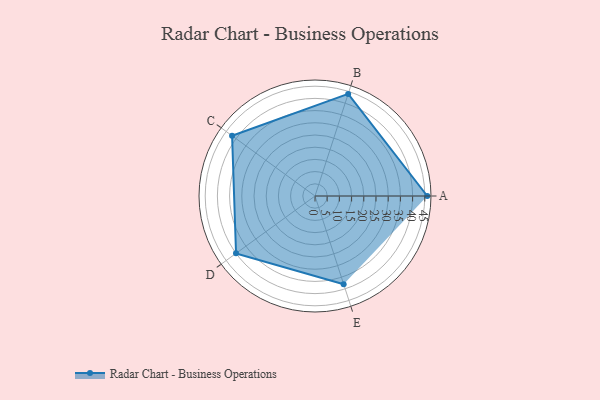
{"axis": {"x": "Skill", "y": "Score"}, "legend": ["Profile"], "data": [{"x": "A", "y": 46.0, "type": "Profile"}, {"x": "B", "y": 44.0, "type": "Profile"}, {"x": "C", "y": 42.0, "type": "Profile"}, {"x": "D", "y": 40.0, "type": "Profile"}, {"x": "E", "y": 38.0, "type": "Profile"}]}